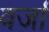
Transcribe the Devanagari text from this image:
वर्जा